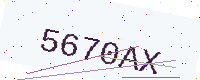
Text: 5670AX